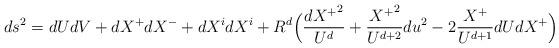
LaTeX: \begin{align*}ds^2=dUdV+dX^+dX^- +dX^idX^i+R^d\Big(\frac{{dX^+}^2}{U^d}+\frac{{X^+}^2}{U^{d+2}}du^2-2\frac{X^+}{U^{d+1}}dUdX^+\Big)\end{align*}